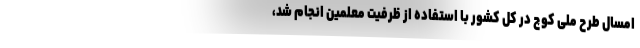
امسال طرح ملی کوچ در کل کشور با استفاده از ظرفیت معلمین انجام شد،